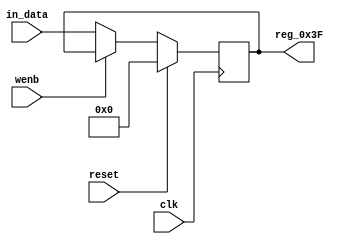
module r_RX_BUF_OBJ3_BYTE_3(output reg [7:0] reg_0x3F, input wire reset, input wire wenb, input wire [7:0] in_data, input wire clk);
	always@(posedge clk)
	begin
		if(reset==0) begin
			if(wenb==0)
				reg_0x3F<=in_data;
			else
				reg_0x3F<=reg_0x3F;
		end
		else
			reg_0x3F<=8'h00;
	end
endmodule